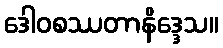
ဒေါဝစဿတာနိဒ္ဒေသ။